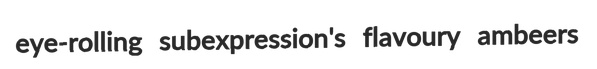
eye-rolling subexpression's flavoury ambeers